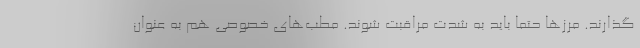
گذارند. مرزها حتما باید به شدت مراقبت شوند. مطب‌های خصوصی هم به عنوان